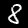
Label: 8